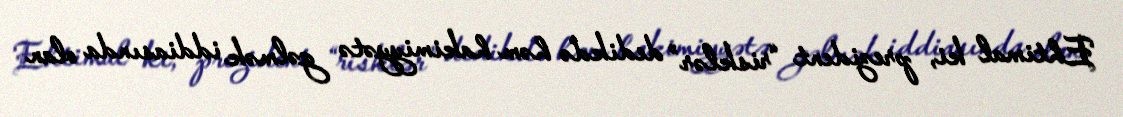
Ehtimal ki, prezident “risklər” dedikdə həm hakimiyyətə gəlmək iddiasında olan